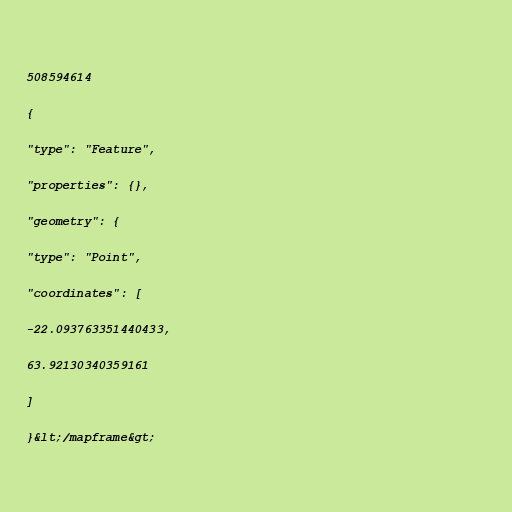
508594614

{

"type": "Feature",

"properties": {},

"geometry": {

"type": "Point",

"coordinates": [

-22.093763351440433,

63.92130340359161

]

}&lt;/mapframe&gt;